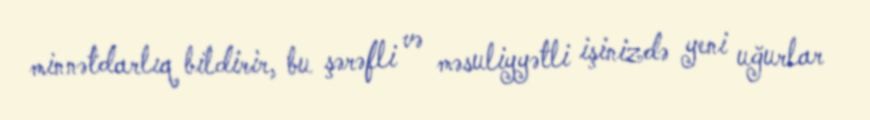
minnətdarlıq bildirir, bu şərəfli və məsuliyyətli işinizdə yeni uğurlar